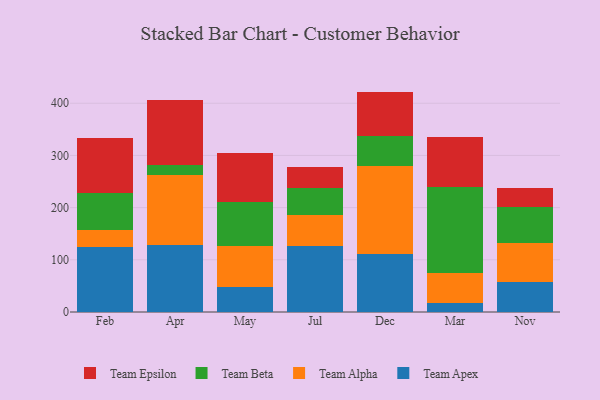
{"axis": {"x": "Month", "y": "Gross Profit (USD K)"}, "legend": ["Team Alpha", "Team Apex", "Team Beta", "Team Epsilon"], "data": [{"x": "Feb", "y": 124.4, "type": "Team Apex"}, {"x": "Feb", "y": 31.8, "type": "Team Alpha"}, {"x": "Feb", "y": 71.2, "type": "Team Beta"}, {"x": "Feb", "y": 105.9, "type": "Team Epsilon"}, {"x": "Apr", "y": 127.9, "type": "Team Apex"}, {"x": "Apr", "y": 134.1, "type": "Team Alpha"}, {"x": "Apr", "y": 18.8, "type": "Team Beta"}, {"x": "Apr", "y": 124.8, "type": "Team Epsilon"}, {"x": "May", "y": 47.4, "type": "Team Apex"}, {"x": "May", "y": 79.0, "type": "Team Alpha"}, {"x": "May", "y": 84.7, "type": "Team Beta"}, {"x": "May", "y": 92.8, "type": "Team Epsilon"}, {"x": "Jul", "y": 126.4, "type": "Team Apex"}, {"x": "Jul", "y": 60.2, "type": "Team Alpha"}, {"x": "Jul", "y": 51.3, "type": "Team Beta"}, {"x": "Jul", "y": 39.9, "type": "Team Epsilon"}, {"x": "Dec", "y": 110.9, "type": "Team Apex"}, {"x": "Dec", "y": 169.2, "type": "Team Alpha"}, {"x": "Dec", "y": 57.2, "type": "Team Beta"}, {"x": "Dec", "y": 85.0, "type": "Team Epsilon"}, {"x": "Mar", "y": 18.2, "type": "Team Apex"}, {"x": "Mar", "y": 55.6, "type": "Team Alpha"}, {"x": "Mar", "y": 165.8, "type": "Team Beta"}, {"x": "Mar", "y": 96.4, "type": "Team Epsilon"}, {"x": "Nov", "y": 57.4, "type": "Team Apex"}, {"x": "Nov", "y": 75.3, "type": "Team Alpha"}, {"x": "Nov", "y": 69.1, "type": "Team Beta"}, {"x": "Nov", "y": 36.6, "type": "Team Epsilon"}]}